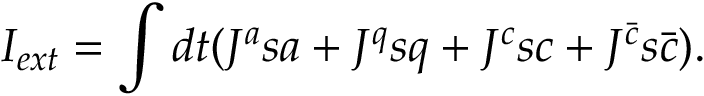
I _ { e x t } = \int d t ( J ^ { a } s a + J ^ { q } s q + J ^ { c } s c + J ^ { { \bar { c } } } s { \bar { c } } ) .